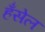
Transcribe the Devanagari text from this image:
हँसेल